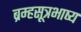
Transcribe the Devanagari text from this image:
ब्रम्हसूत्रभाष्य